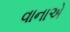
વાનાએ